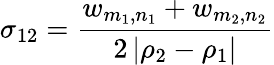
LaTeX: \sigma_{12}=\frac{w_{m_{1},n_{1}}+w_{m_{2},n_{2}}}{2\left|\rho_{2}-\rho_{1}\right|}